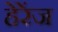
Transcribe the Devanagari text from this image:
हेरेंज